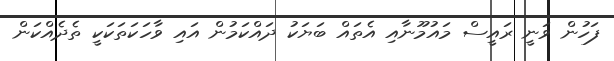
ފަހުން ވަނީ ރައީސް މައުމޫނާއި އެތައް ބަޔަކު ދައްކަމުން އައި ވާހަކަތަކަކީ ތެދެއްކަން